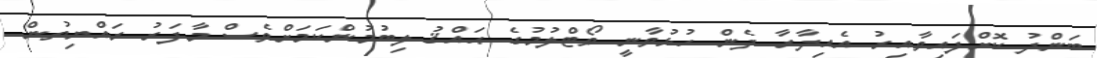
ބަންދު ކޮށްފައިވާއިރު އެއިދާރާ ދެން ހުޅުވާނީ ވޯޓްލުމުގެ ޙައްޤު ލިބުމުންކަމަށްވެސް މާފަރު ރައްޔިތުން